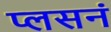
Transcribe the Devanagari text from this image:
प्लसनं